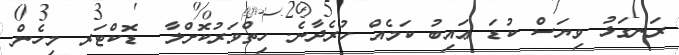
ރަނގަޅު ވިޔަސް ކުޑަ ޢައިބު ކަމެއް ހުރެދާނެ. ހިތްވަރުކޮށްލާ  ޑޮކްޓަރ މިހެން